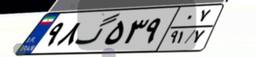
۶۳گ۵۰۷۷۴